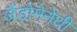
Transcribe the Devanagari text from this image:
ज़ैंडोमेनेघी